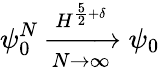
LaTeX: \psi_{0}^{N}\xrightarrow[N\rightarrow\infty]{H^{\frac{5}{2}+\delta}}\psi_{0}